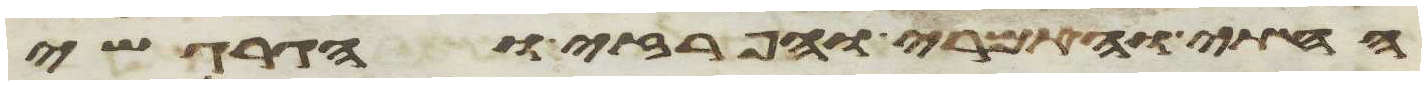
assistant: החתי והאמרי והפרזי והגרגשי